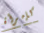
كإمرأة